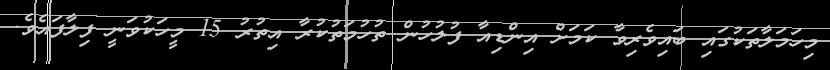
މިހަމަލާތަކުގައި ބައިވެރިވާ ކަމަށް އިންޑިއާ ފުލުހުން ތުހުމަތުކުރާ އިތުރު 15 މީހަކުވަނީ ފިލާފައެވެ.